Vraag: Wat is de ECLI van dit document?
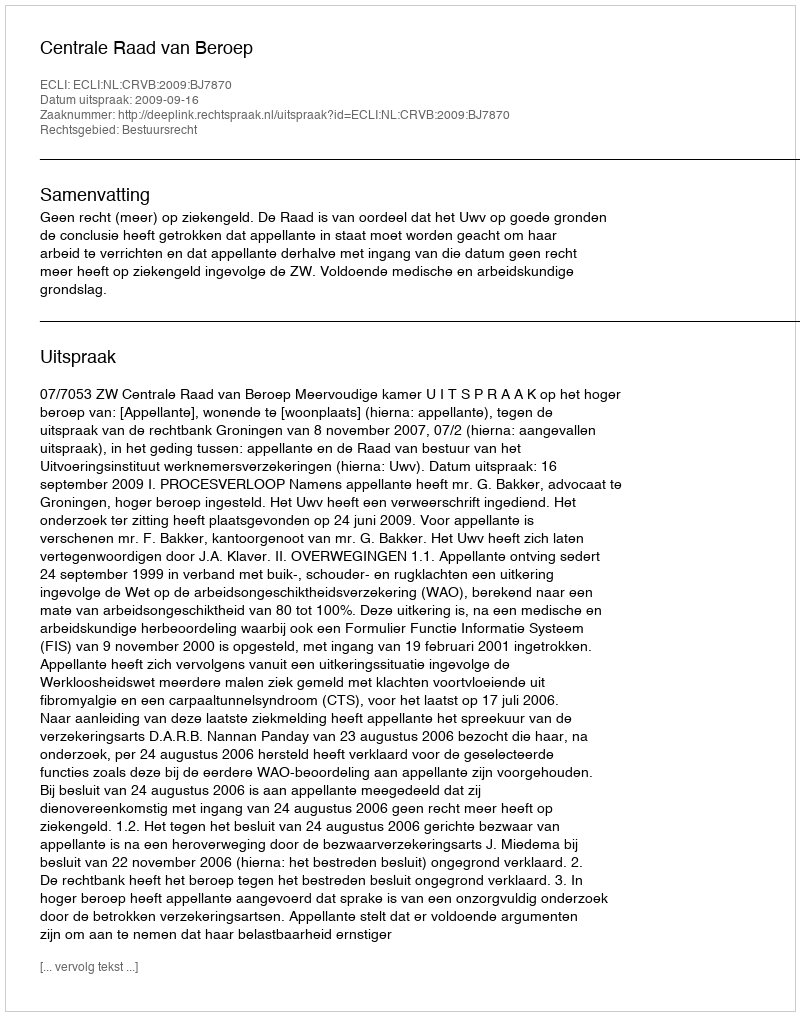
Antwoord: ECLI:NL:CRVB:2009:BJ7870